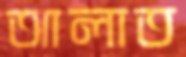
আলাত